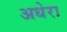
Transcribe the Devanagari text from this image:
अधेरा